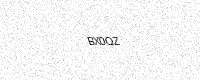
Text: BX0QZ